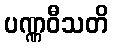
ပဏ္ဏဝီသတိ